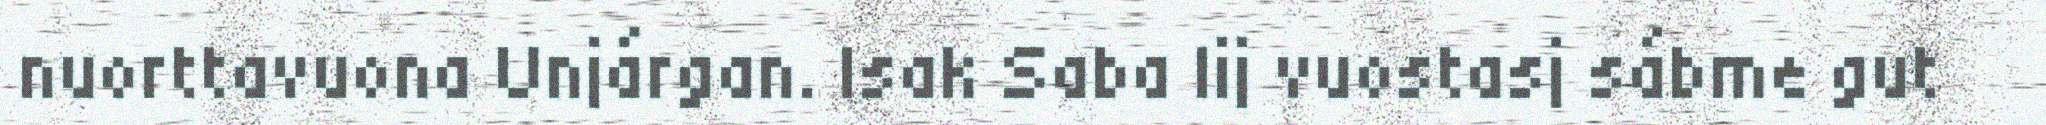
nuorttavuona Unjárgan. Isak Saba lij vuostasj sábme gut